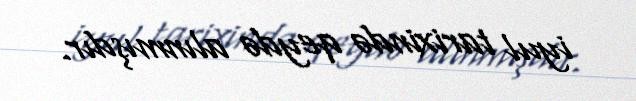
iyul tarixində qeydə alınmışdır.